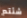
شئتم